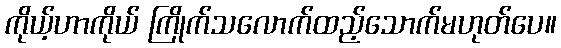
ကိုယ့်ဟာကိုယ် ကြိုက်သလောက်ထည့်သောက်မဟုတ်ပေ။